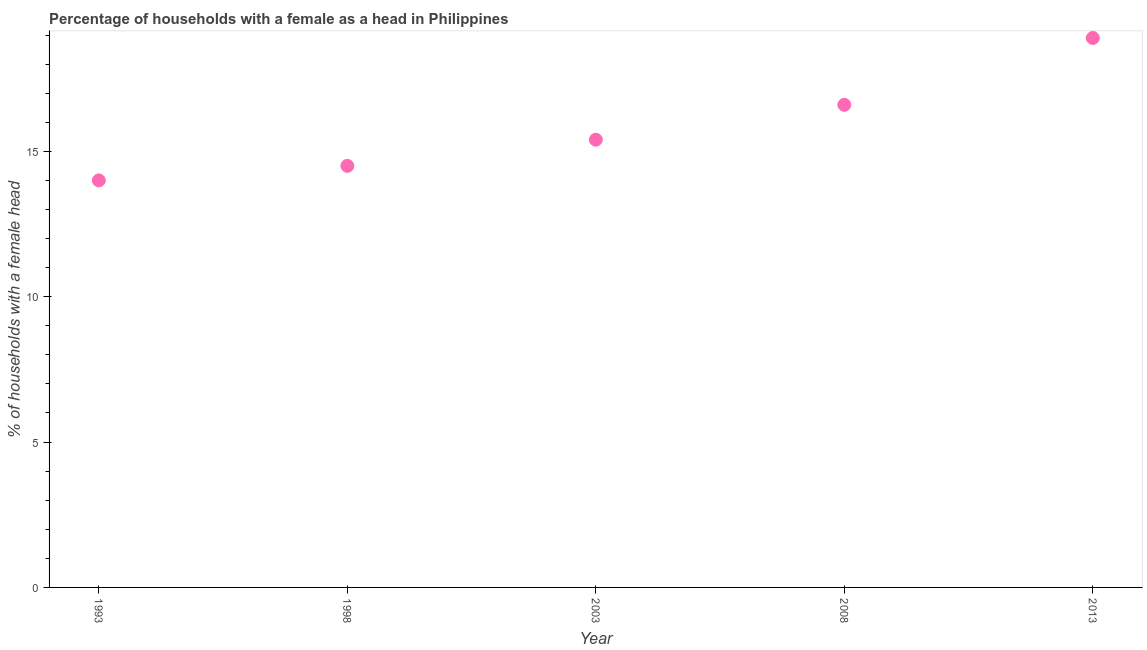
| Year | Female headed households |
 | --- | --- |
 | 1993 | 14 |
 | 1998 | 14.5 |
 | 2003 | 15.4 |
 | 2008 | 16.6 |
 | 2013 | 18.9 |